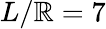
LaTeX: L/\mathbb{R}=7